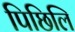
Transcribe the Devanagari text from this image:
पिछिलि